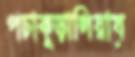
পচাকুড়ালিয়ায়